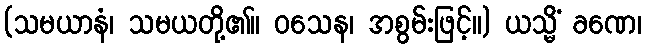
(သမယာနံ၊ သမယတို့၏။ ဝသေန၊ အစွမ်းဖြင့်။) ယသ္မိံ ခဏေ၊